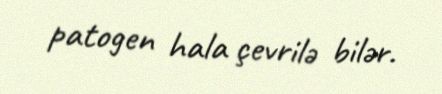
patogen hala çevrilə bilər.